Annual administration report of the Civil Veterinary Department, Ajmere-Merwara, British Rajputana - 1914-1940
Year: 1914
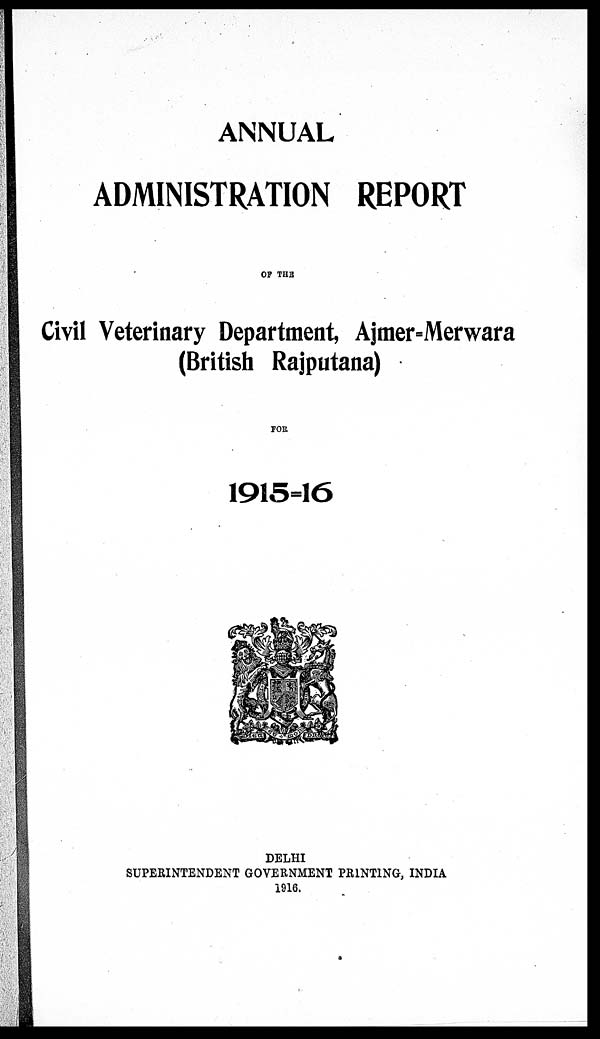
ANNUAL
ADMINISTRATION REPORT
OF THE
Civil Veterinary Department, Ajmer=Merwara
(British Rajputana)
FOR
1915=16
DELHI
SUPERINTENDENT GOVERNMENT PRINTING, INDIA
1916.